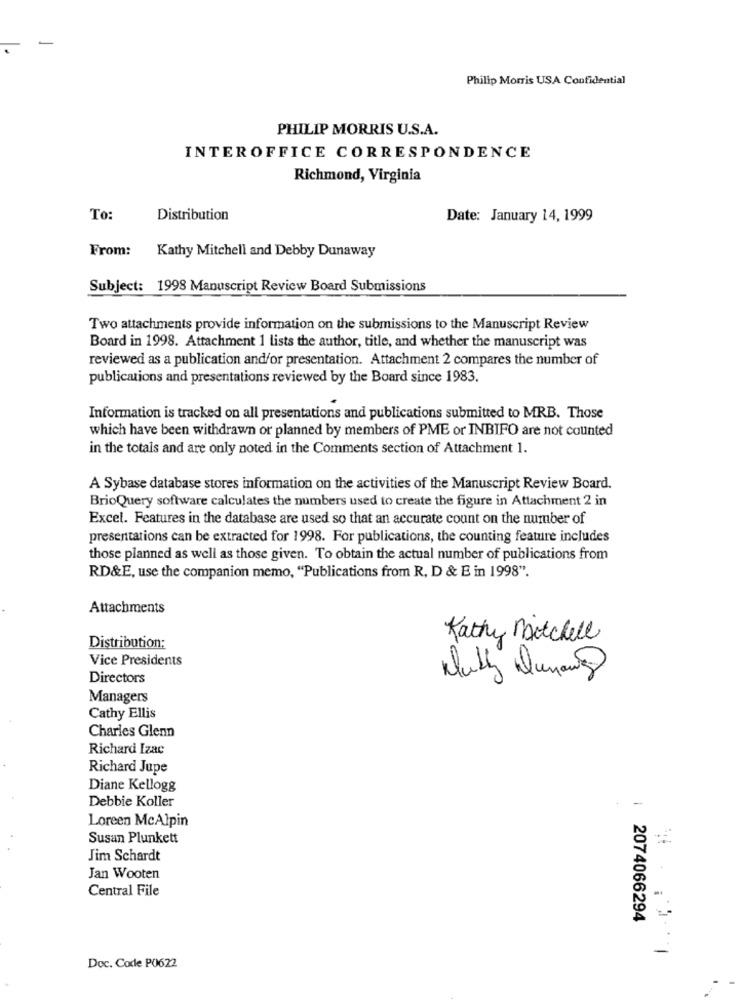
Philip Morris USA Confidential
PHILIP MORRIS U.S.A.
INTEROFFICE CORRESPONDENCE
Richmond, Virginia
To:
Distribution
Date: January 14, 1999
From:
Kathy Mitchell and Debby Dunaway
Subject: 1998 Manuscript Review Board Submissions
Two attachments provide information on the submissions to the Manuscript Review
Board in 1998. Attachment 1 lists the author, title, and whether the manuscript was
reviewed as a publication andfor presentation. Attachment 2 compares the number of
publications and presentations reviewed by the Board since 1983.
Information is tracked on all presentations and publications submitted to MRB. Those
which have been withdrawn or planned by members of PME or INBIFO are not counted
in the totals and are only noted in the Comments section of Attachment 1.
A Sybase database stores information on the activities of the Manuscript Review Board.
BrioQuery software calculates the numbers used to create the figure in Attachment 2 in
Excel. Features in the database are used so that an accurate count on the number of
presentations can be extracted for 1998. For publications, the counting feature includes
those planned as well as those given. To obtain the actual number of publications from
RD&E, use the companion memo, "Publications from R, D & E in 1998".
Attachments
Kathy Mitchell
Distribution:
Vice Presidents
Directors
Wally Dumans
Managers
Cathy Ellis
Charles Glenn
Richard Izac
Richard Jupe
Diane Kellogg
Debbie Koller
-
Loreen McAlpin
Susan Plunkett
Jim Schardt
Jan Wooten
Central File
2074066294
Doc. Code P0622